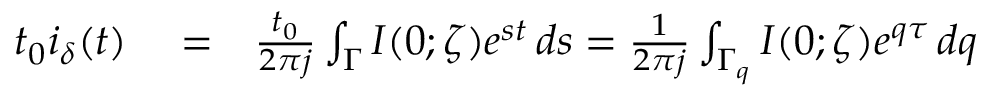
\begin{array} { r l r } { t _ { 0 } i _ { \delta } ( t ) } & { { } = } & { \frac { t _ { 0 } } { 2 \pi j } \int _ { \Gamma } I ( 0 ; \zeta ) e ^ { s t } \, d s = \frac { 1 } { 2 \pi j } \int _ { \Gamma _ { q } } I ( 0 ; \zeta ) e ^ { q \tau } \, d q } \end{array}